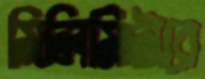
মিলিমিটারে